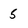
Character: 5